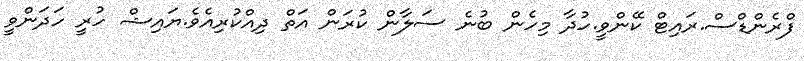
ފްރެންޑްސް.ރައިޓް ކޭންވީ.ހުދާ މިހެން ބުނެ ސަލާން ކުރަން އަތް ދިއްކުރިއެވެ.ޔައިޝް ހުރީ ހަދަންވީ